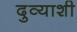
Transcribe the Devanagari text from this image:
दुव्याशी